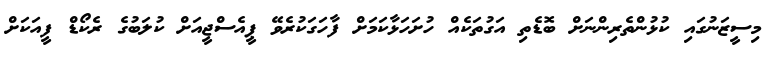
މިސީޒަނުގައި ކުޅުންތެރިންނަށް ބޮޑެތި އަގުތަކެއް ހުށަހަޅާކަމަށް ފާހަގަކުރެވޭ ޕީއެސްޖީއަށް ކުލަބުގެ ރެކޯޑް ފީއަކަށް